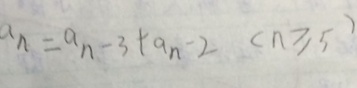
a _ { n } = a _ { n } - 3 + a _ { n } - 2 ( n \geqslant 5 )